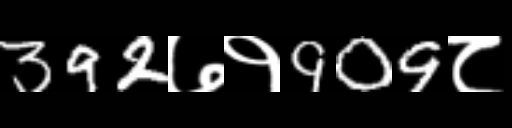
Text: 392७१909८